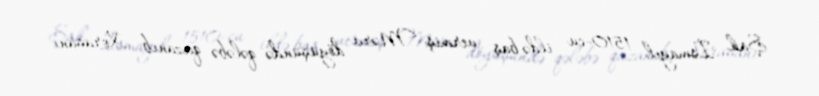
Şah İsmayıl 1510-cu ildə baş vermiş Mərv döyüşündə qələbə qazanıb Xorasanı